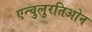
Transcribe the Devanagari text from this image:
एन्चुलुरतिओन